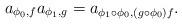
LaTeX: \begin{align*}a_{\phi_0,f}a_{\phi_1,g}=a_{\phi_1\circ\phi_0,(g\circ\phi_0) f}.\end{align*}